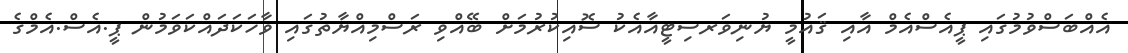
އެއްބަސްވުމުގައި ޕީއެސްއެމް އާއި ޤައުމީ ޔުނިވަރސިޓީއާއެކު ސޮއިކުރުމަށް ބޭއްވި ރަސްމިއްޔާތުގައި ވާހަކަދައްކަވަމުން ޕީ.އެސް.އެމްގެ